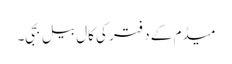
میڈم کے دفتر کی کال بیل بجی۔